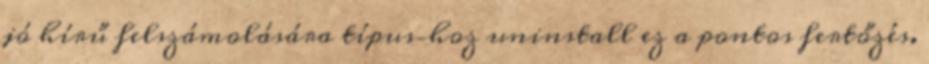
jó hírű felszámolására típus–hoz uninstall ez a pontos fertőzés.